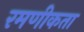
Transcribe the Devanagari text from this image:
रमणीकता